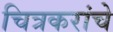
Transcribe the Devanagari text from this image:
चित्रकरांचे